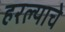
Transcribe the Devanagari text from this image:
हरल्याचे